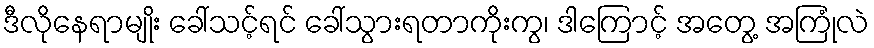
ဒီလိုနေရာမျိုး ခေါ်သင့်ရင် ခေါ်သွားရတာကိုးကွ၊ ဒါကြောင့် အတွေ့ အကြုံလဲ